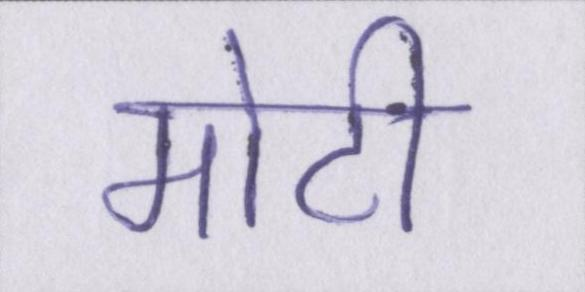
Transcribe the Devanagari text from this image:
मोटी